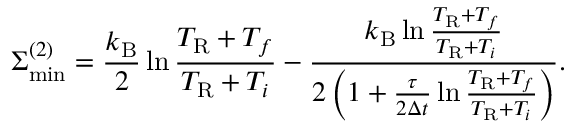
\Sigma _ { \mathrm { m i n } } ^ { ( 2 ) } = \frac { k _ { \mathrm { B } } } { 2 } \ln \frac { T _ { \mathrm { R } } + T _ { f } } { T _ { \mathrm { R } } + T _ { i } } - \frac { k _ { \mathrm { B } } \ln \frac { T _ { \mathrm { R } } + T _ { f } } { T _ { \mathrm { R } } + T _ { i } } } { 2 \left( 1 + \frac { \tau } { 2 \Delta t } \ln \frac { T _ { \mathrm { R } } + T _ { f } } { T _ { \mathrm { R } } + T _ { i } } \right) } .